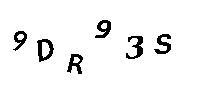
9DR93S